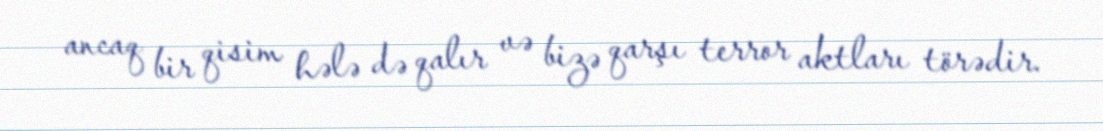
ancaq bir qisim hələ də qalır və bizə qarşı terror aktları törədir.